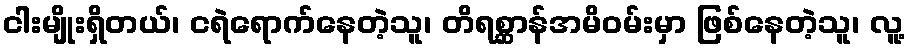
ငါးမျိုးရှိတယ်၊ ငရဲရောက်နေတဲ့သူ၊ တိရစ္ဆာန်အမိဝမ်းမှာ ဖြစ်နေတဲ့သူ၊ လူ့